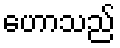
ဟောသည်